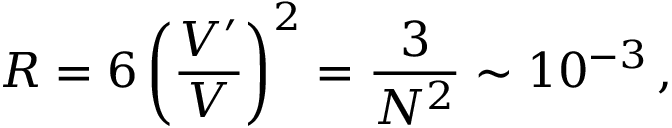
R = 6 \left( \frac { V ^ { \prime } } { V } \right) ^ { 2 } = \frac { 3 } { N ^ { 2 } } \sim 1 0 ^ { - 3 } \, ,